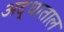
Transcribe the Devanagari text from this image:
अद्धाताल